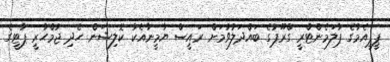
ޕީޕީއެމުގެ ޕާލަމެންޓްރީ ގްރޫޕުގެ ބައްދަލުވުމަށް ރައީސް ޔާމީނާއެކު ކޮލިޝަން ހެދި ޖުމްހުރީ ޕާޓީގެ